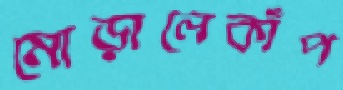
মোড়ালেকাঁপ